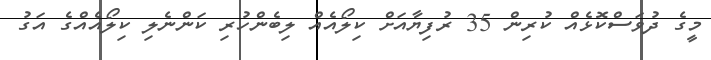
މީގެ ދުވަސްކޮޅެއް ކުރިން 35 ރުފިޔާއަށް ކިލޯއެއް ލިބެންހުރި ކަންނެލި ކިލޯއެއްގެ އަގު